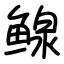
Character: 鳈